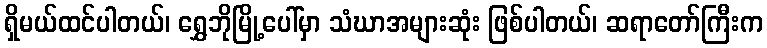
ရှိမယ်ထင်ပါတယ်၊ ရွှေဘိုမြို့ပေါ်မှာ သံဃာအများဆုံး ဖြစ်ပါတယ်၊ ဆရာတော်ကြီးက